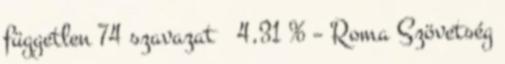
független 74 szavazat 4,31 % – Roma Szövetség